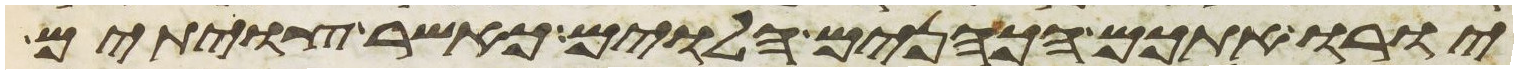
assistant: יורו אתכם הכהנים הלוים כאשר צויתם